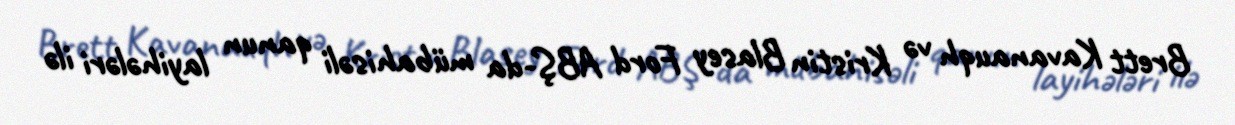
Brett Kavanauqh və Kristin Blasey Ford ABŞ-da mübahisəli qanun layihələri ilə